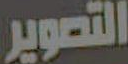
التصوير